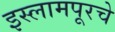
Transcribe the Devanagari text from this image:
इस्लामपूरचे